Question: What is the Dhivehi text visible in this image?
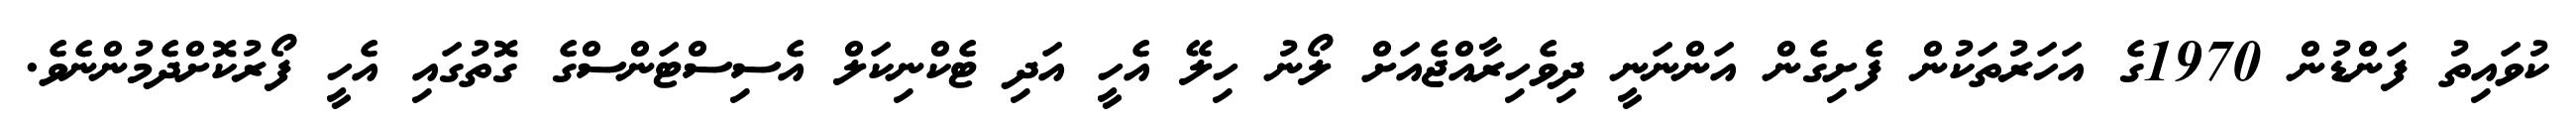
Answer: ކުވައިތު ފަންޑުން 1970ގެ އަހަރުތަކުން ފެށިގެން އަންނަނީ ދިވެހިރާއްޖެއަށް ލޯނު ހިލޭ އެހީ އަދި ޓެކްނިކަލް އެސިސްޓަންސްގެ ގޮތުގައި އެހީ ފޯރުކޮށްދެމުންނެވެ.